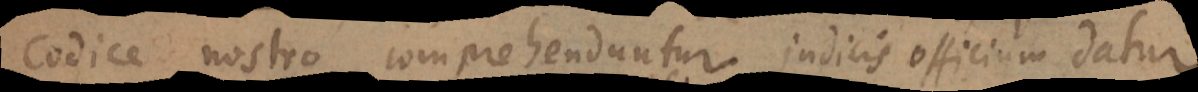
codice nostro comprehenduntur judicis officium datur.